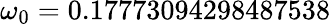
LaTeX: \omega_{0}=0.17773094298487538